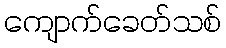
ကျောက်ခေတ်သစ်